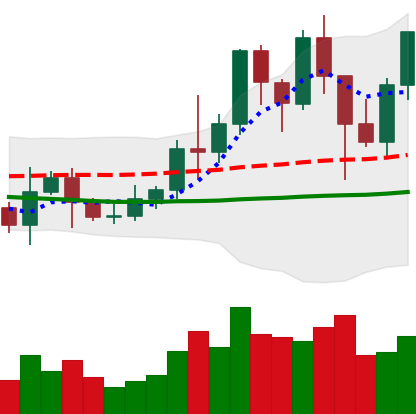
Ticker: LINK-USD
Chart end date: 2021-01-14
Forward return: 16.424%
Label: up_7plus